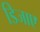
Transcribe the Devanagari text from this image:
डिजाए